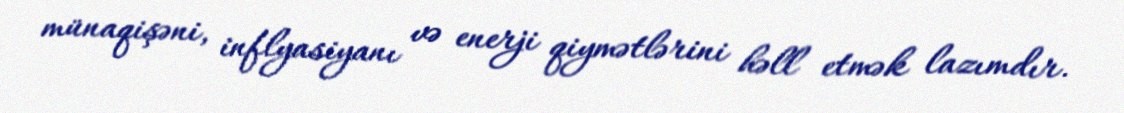
münaqişəni, inflyasiyanı və enerji qiymətlərini həll etmək lazımdır.